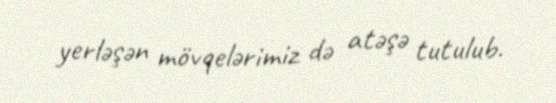
yerləşən mövqelərimiz də atəşə tutulub.